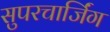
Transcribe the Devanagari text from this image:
सुपरचार्जिंग